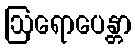
ဩရောပေန္တာ